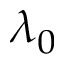
\lambda _ { 0 }